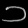
Digit: ၁